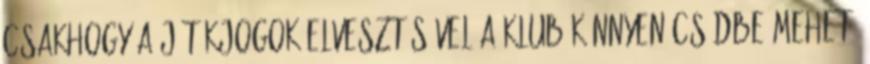
Csakhogy a játékjogok elvesztésével a klub könnyen csődbe mehet,